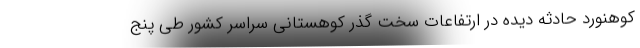
کوهنورد حادثه دیده در ارتفاعات سخت گذر کوهستانی سراسر کشور طی پنج